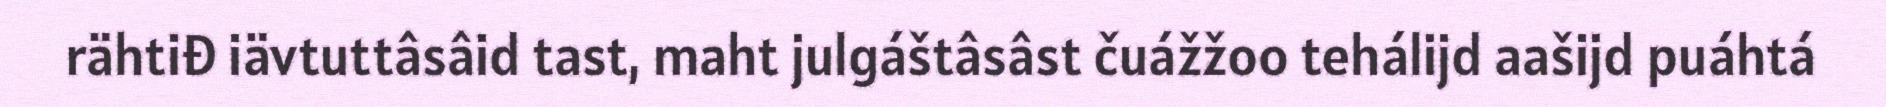
rähtiđ iävtuttâsâid tast, maht julgáštâsâst čuážžoo tehálijd aašijd puáhtá